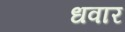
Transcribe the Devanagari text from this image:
धवार